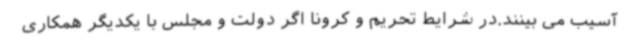
آسیب می بینند.در شرایط تحریم و کرونا اگر دولت و مجلس با یکدیگر همکاری